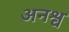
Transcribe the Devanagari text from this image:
अनश्व